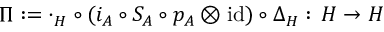
\Pi : = \cdot _ { H } \circ ( i _ { A } \circ S _ { A } \circ p _ { A } \otimes \mathrm { i d } ) \circ \Delta _ { H } : \, H \rightarrow H